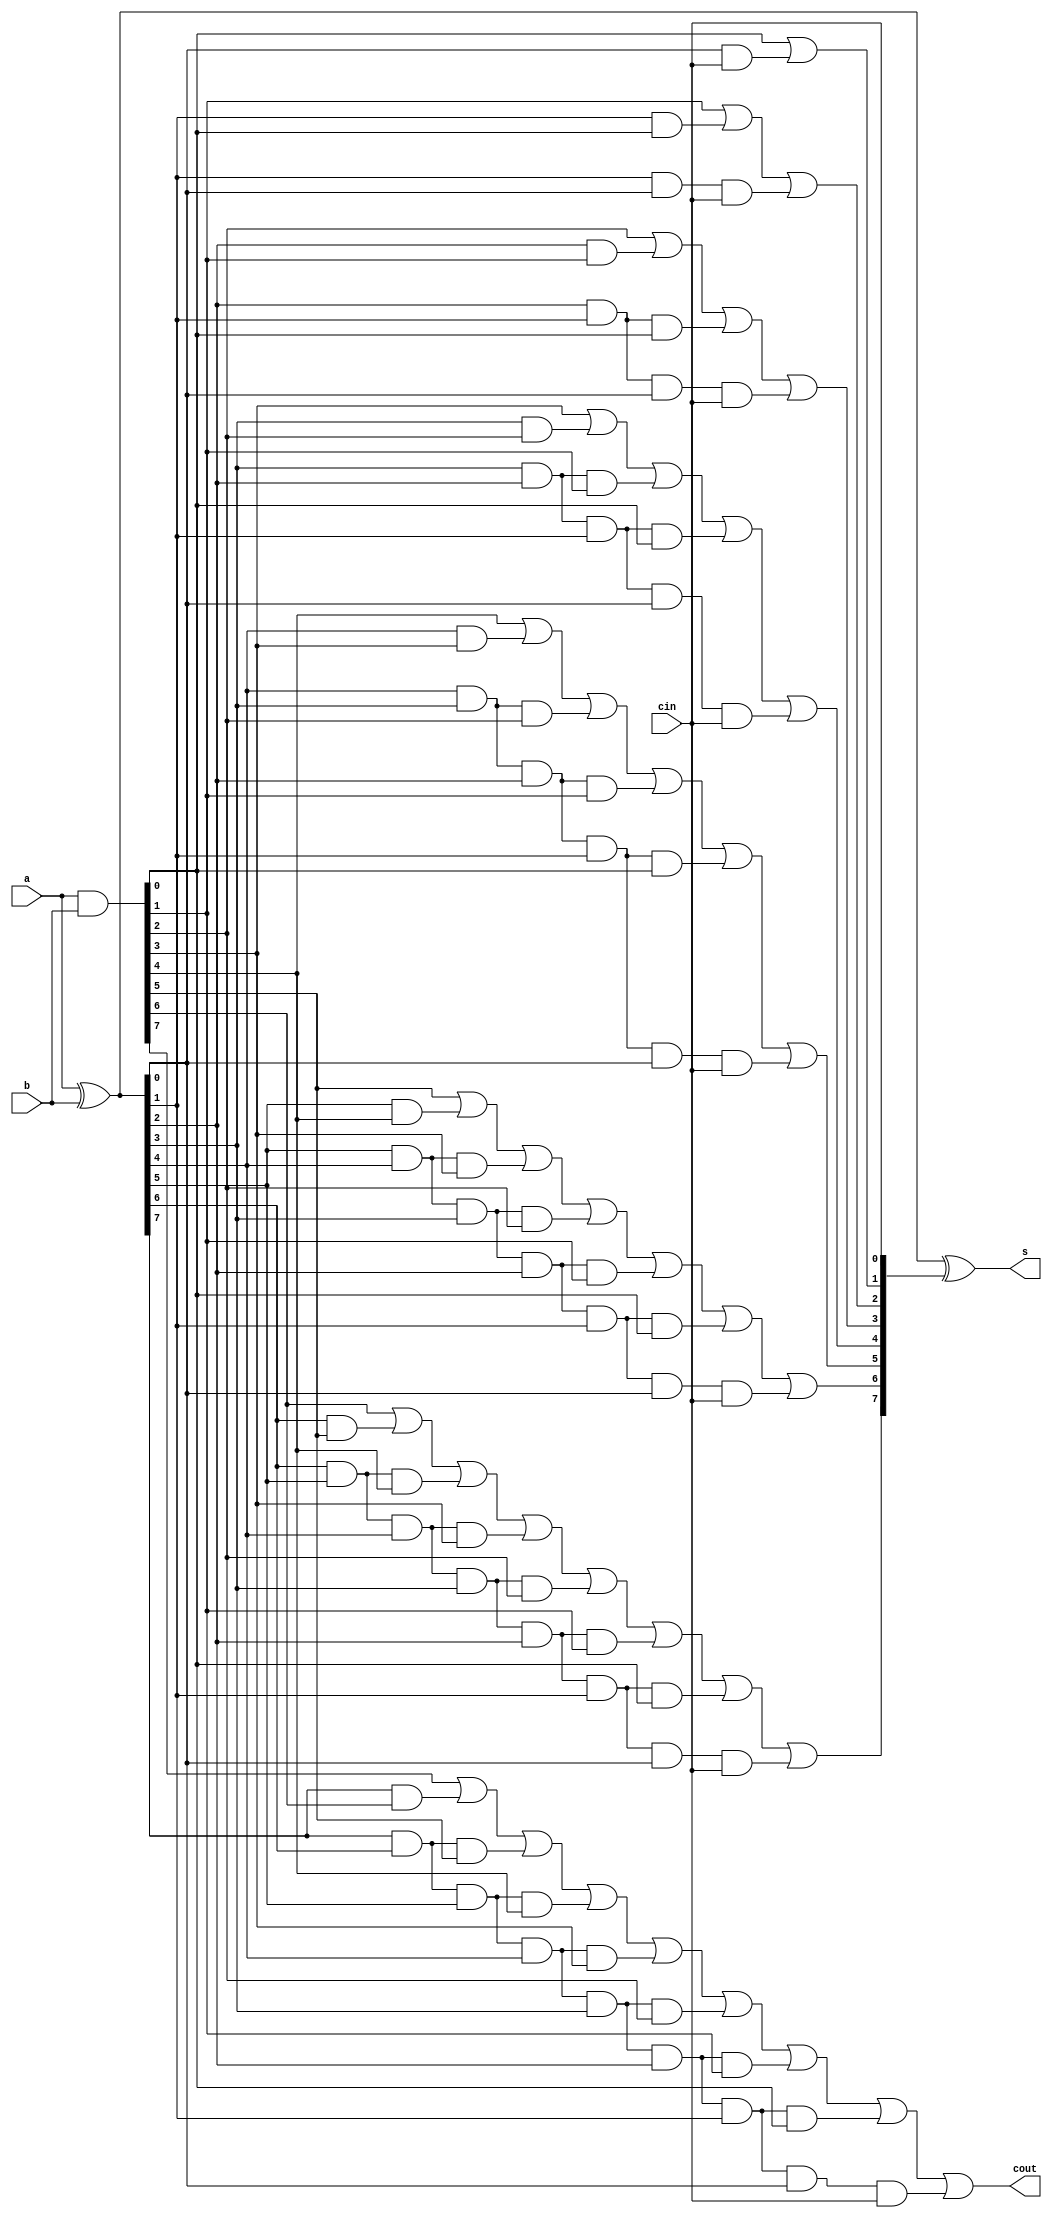
module cla8(a,b,cin,s,cout);
	input [7:0]a,b;
	input cin;
	output [7:0]s;
	output cout;
	
	wire [7:0]p,g,car;

	assign p=a^b;
	assign g=a&b;
	assign car[0]=cin;
	assign car[1]=g[0] | p[0]&cin;
	assign car[2]=g[1] | p[1]&g[0] | p[1]&p[0]&cin;
	assign car[3]=g[2] | p[2]&g[1] | p[2]&p[1]&g[0] | p[2]&p[1]&p[0]&cin;
	assign car[4]=g[3] | p[3]&g[2] | p[3]&p[2]&g[1] | p[3]&p[2]&p[1]&g[0] | p[3]&p[2]&p[1]&p[0]&cin;
	assign car[5]=g[4] | p[4]&g[3] | p[4]&p[3]&g[2] | p[4]&p[3]&p[2]&g[1] | p[4]&p[3]&p[2]&p[1]&g[0] | p[4]&p[3]&p[2]&p[1]&p[0]&cin;
	assign car[6]=g[5] | p[5]&g[4] | p[5]&p[4]&g[3] | p[5]&p[4]&p[3]&g[2] | p[5]&p[4]&p[3]&p[2]&g[1] | p[5]&p[4]&p[3]&p[2]&p[1]&g[0] | p[5]&p[4]&p[3]&p[2]&p[1]&p[0]&cin;
	assign car[7]=g[6] | p[6]&g[5] | p[6]&p[5]&g[4] | p[6]&p[5]&p[4]&g[3] | p[6]&p[5]&p[4]&p[3]&g[2] | p[6]&p[5]&p[4]&p[3]&p[2]&g[1] | p[6]&p[5]&p[4]&p[3]&p[2]&p[1]&g[0] | p[6]&p[5]&p[4]&p[3]&p[2]&p[1]&p[0]&cin;
	assign cout=g[7] | p[7]&g[6] | p[7]&p[6]&g[5] | p[7]&p[6]&p[5]&g[4] | p[7]&p[6]&p[5]&p[4]&g[3] | p[7]&p[6]&p[5]&p[4]&p[3]&g[2] | p[7]&p[6]&p[5]&p[4]&p[3]&p[2]&g[1] | p[7]&p[6]&p[5]&p[4]&p[3]&p[2]&p[1]&g[0] | p[7]&p[6]&p[5]&p[4]&p[3]&p[2]&p[1]&p[0]&cin;

	assign s=p^car;
	

endmodule